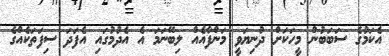
އެކަމުގެ ސަބަބުން މީހަކަށް ދުނިޔަވީ މަންފާއެއް ލިބޭނަމަ އެ އެދުމުގައި އެފަދަ ސިފަތަކެއްގެ